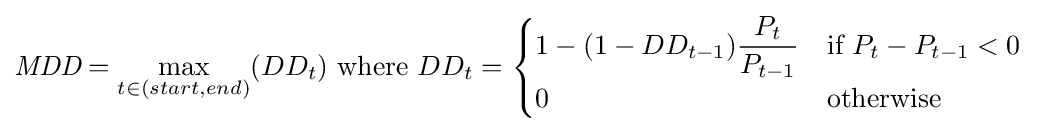
{\textit {MDD}}=\max _{t\in (start,end)}(DD_{t}){\text{ where }}DD_{t}={\begin{cases}\displaystyle 1-(1-DD_{t-1}){\frac {P_{t}}{P_{t-1}}}&{\text{if }}P_{t}-P_{t-1}<0\\0&{\text{otherwise}}\end{cases}}